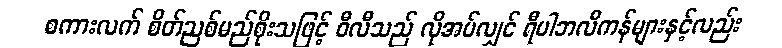
စကားလက် စိတ်ညစ်မည်စိုးသဖြင့် ဝီလီသည် လိုအပ်လျှင် ရီပါဘလီကန်များနှင့်လည်း